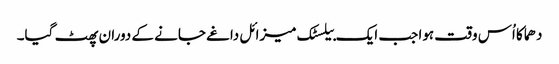
دھماکا اُس وقت ہوا جب ایک بیلسٹک میزائل داغے جانے کے دوران پھٹ گیا۔